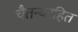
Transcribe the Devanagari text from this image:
चैतन्यरहित